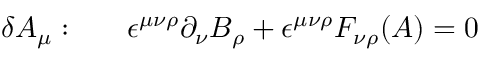
\delta A _ { \mu } : ~ ~ ~ ~ ~ \epsilon ^ { \mu \nu \rho } \partial _ { \nu } B _ { \rho } + \epsilon ^ { \mu \nu \rho } F _ { \nu \rho } ( A ) = 0